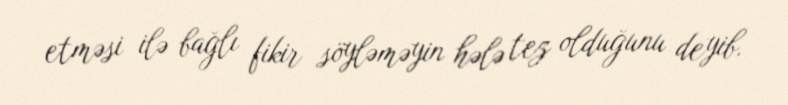
etməsi ilə bağlı fikir söyləməyin hələ tez olduğunu deyib.